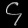
Digit: ၄